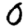
Digit: 0